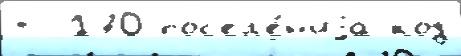
т- 170 пос'ел'е́н'иjа код